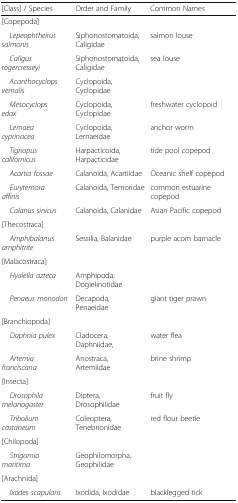
<table><thead><tr><td><b>[Class] / Species</b></td><td><b>Order and Family</b></td><td><b>Common Names</b></td></tr></thead><tbody><tr><td colspan="3">[Copepoda]</td></tr><tr><td> <i>Lepeophtheirus salmonis</i></td><td>Siphonostomatoida, Caligidae</td><td>salmon louse</td></tr><tr><td> <i>Caligus rogercresseyi</i></td><td>Siphonostomatoida, Caligidae</td><td>sea louse</td></tr><tr><td> <i>Acanthocyclops vernalis</i></td><td>Cyclopoida, Cyclopidae</td><td></td></tr><tr><td> <i>Mesocyclops edax</i></td><td>Cyclopoida, Cyclopidae</td><td>freshwater cyclopoid</td></tr><tr><td> <i>Lernaea cyprinacea</i></td><td>Cyclopoida, Lernaeidae</td><td>anchor worm</td></tr><tr><td> <i>Tigriopus californicus</i></td><td>Harpacticoida, Harpacticidae</td><td>tide pool copepod</td></tr><tr><td> <i>Acartia fossae</i></td><td>Calanoida, Acartiidae</td><td>Oceanic shelf copepod</td></tr><tr><td> <i>Eurytemora affinis</i></td><td>Calanoida, Temoridae</td><td>common estuarine copepod</td></tr><tr><td> <i>Calanus sinicus</i></td><td>Calanoida, Calanidae</td><td>Asian Pacific copepod</td></tr><tr><td colspan="3">[Thecostraca]</td></tr><tr><td> <i>Amphibalanus amphitrite</i></td><td>Sessilia, Balanidae</td><td>purple acorn barnacle</td></tr><tr><td colspan="2">[Malacostraca]</td><td></td></tr><tr><td> <i>Hyalella azteca</i></td><td>Amphipoda, Dogielinotidae</td><td></td></tr><tr><td> <i>Penaeus monodon</i></td><td>Decapoda, Penaeidae</td><td>giant tiger prawn</td></tr><tr><td colspan="2">[Branchiopoda]</td><td></td></tr><tr><td> <i>Daphnia pulex</i></td><td>Cladocera, Daphniidae,</td><td>water flea</td></tr><tr><td> <i>Artemia franciscana</i></td><td>Anostraca, Artemiidae</td><td>brine shrimp</td></tr><tr><td colspan="3">[Insecta]</td></tr><tr><td> <i>Drosophila melanogaster</i></td><td>Diptera, Drosophilidae</td><td>fruit fly</td></tr><tr><td> <i>Tribolium castaneum</i></td><td>Coleoptera, Tenebrionidae</td><td>red flour beetle</td></tr><tr><td colspan="3">[Chilopoda]</td></tr><tr><td> <i>Strigamia maritima</i></td><td>Geophilomorpha, Geophilidae</td><td></td></tr><tr><td colspan="3">[Arachnida]</td></tr><tr><td> <i>Ixodes scapularis</i></td><td>Ixodida, Ixodidae</td><td>blacklegged tick</td></tr></tbody></table>